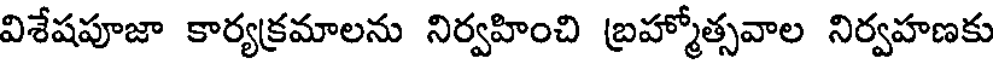
విశేషపూజా కార్యక్రమాలను నిర్వహించి బ్రహ్మోత్సవాల నిర్వహణకు